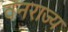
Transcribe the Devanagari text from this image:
वनराज्य